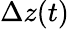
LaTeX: \Delta z(t)